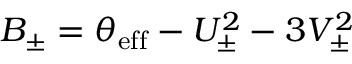
B _ { \pm } = \theta _ { \mathrm { e f f } } - U _ { \pm } ^ { 2 } - 3 V _ { \pm } ^ { 2 }